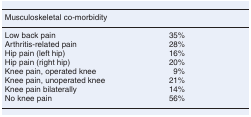
<table><thead><tr><td><b>Musculoskeletal co-morbidity </b></td><td></td></tr></thead><tbody><tr><td>Low back pain</td><td>35%</td></tr><tr><td>Arthritis-related pain</td><td>28%</td></tr><tr><td>Hip pain (left hip)</td><td>16%</td></tr><tr><td>Hip pain (right hip)</td><td>20%</td></tr><tr><td>Knee pain, operated knee</td><td>9%</td></tr><tr><td>Knee pain, unoperated knee</td><td>21%</td></tr><tr><td>Knee pain bilaterally</td><td>14%</td></tr><tr><td>No knee pain</td><td>56%</td></tr></tbody></table>